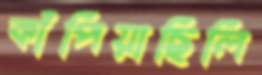
কাঁপিয়াছিলি